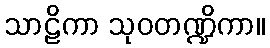
သာဠိကာ သုဝတဏ္ဍိကာ။